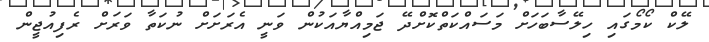
ލޭކް ކޯމޯގައި ހިލޭސާބަހަށް މަސައްކަތްކޮށްދޭ ޖަމިއްޔާއަކުން ވަނީ އެރަށަށް ނުކަތާ ވަރަށް ރެފިއުޖީން